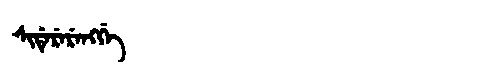
Manchu: ᠰᡳᡩᡝᡵᡝᡵᡝᠩᡤᡝ
Romanization: SIDERERENGGE